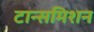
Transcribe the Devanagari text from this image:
टान्समिशन